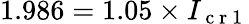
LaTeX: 1.986=1.05\times I_{\mathrm{~c~r~1~}}